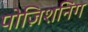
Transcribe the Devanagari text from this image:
पोज़िशनिंग